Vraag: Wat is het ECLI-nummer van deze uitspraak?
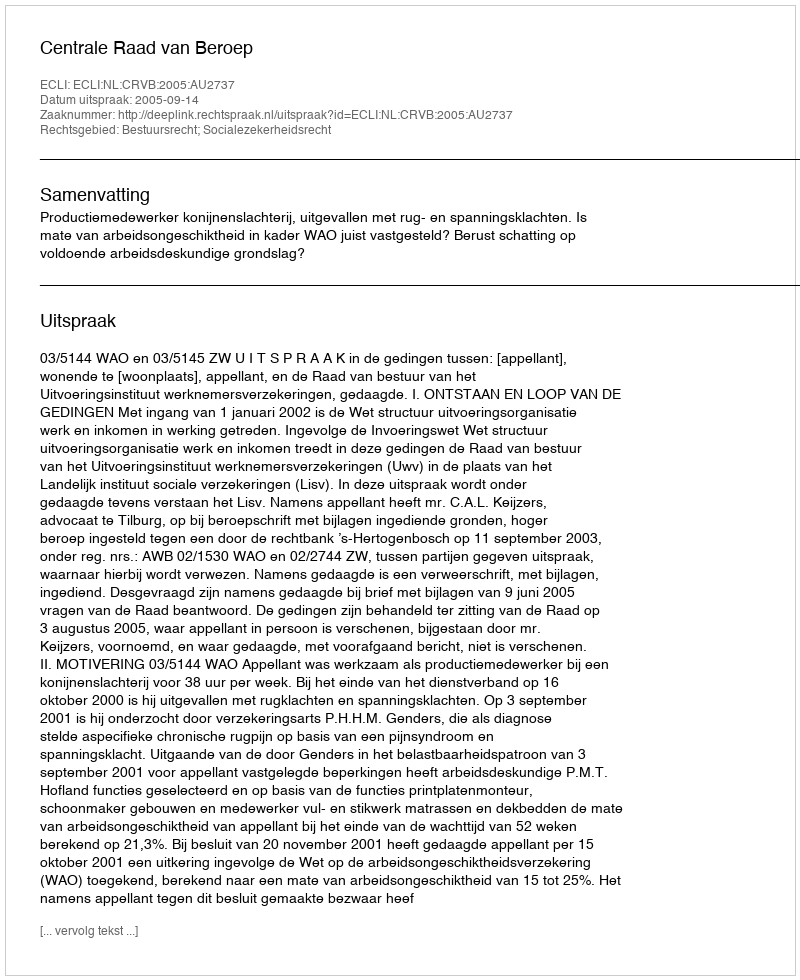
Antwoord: ECLI:NL:CRVB:2005:AU2737